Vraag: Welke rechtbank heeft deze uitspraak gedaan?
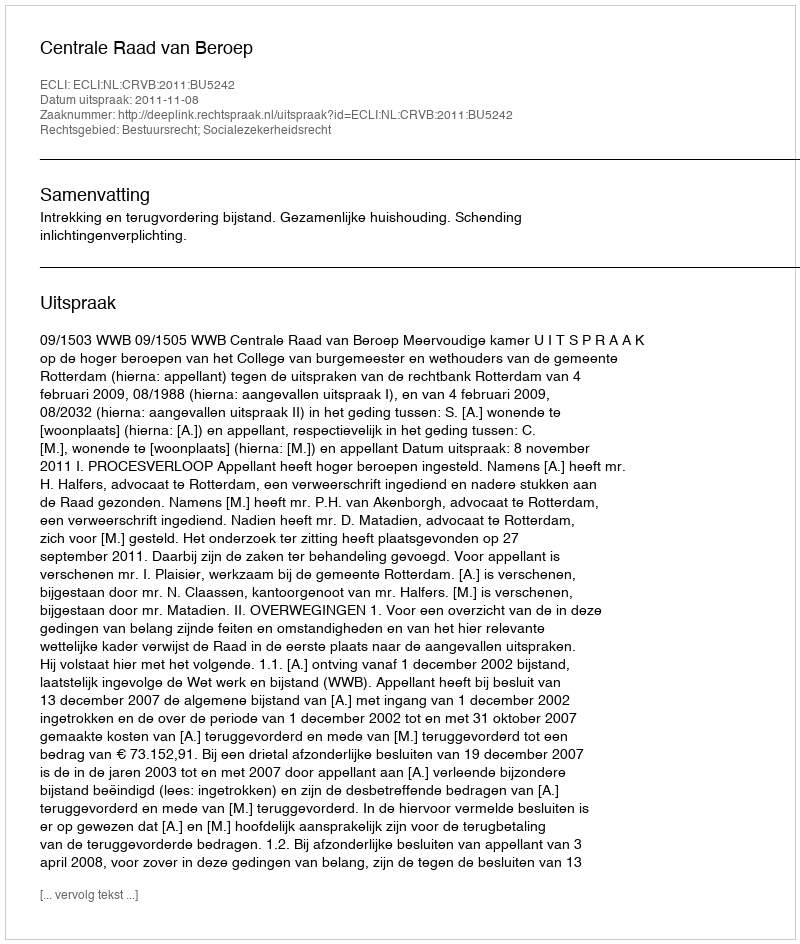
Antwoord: Centrale Raad van Beroep